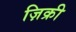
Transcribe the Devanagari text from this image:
ज़िक्री